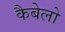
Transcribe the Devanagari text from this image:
कैबेलो